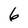
Character: 6